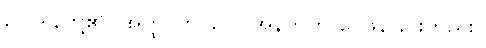
ဥပါဒါန်တို့၏။ အတ္ထဝိဘာဂေါ၊ အနက်ကို ဝေဖန်ခြင်းတည်း။